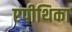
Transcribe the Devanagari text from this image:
एपीथिका